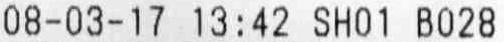
08-03-17 13:42 SH01 B028